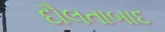
દૌલતાબાદ